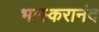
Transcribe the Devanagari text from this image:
भास्‍करानंद